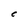
Character: C